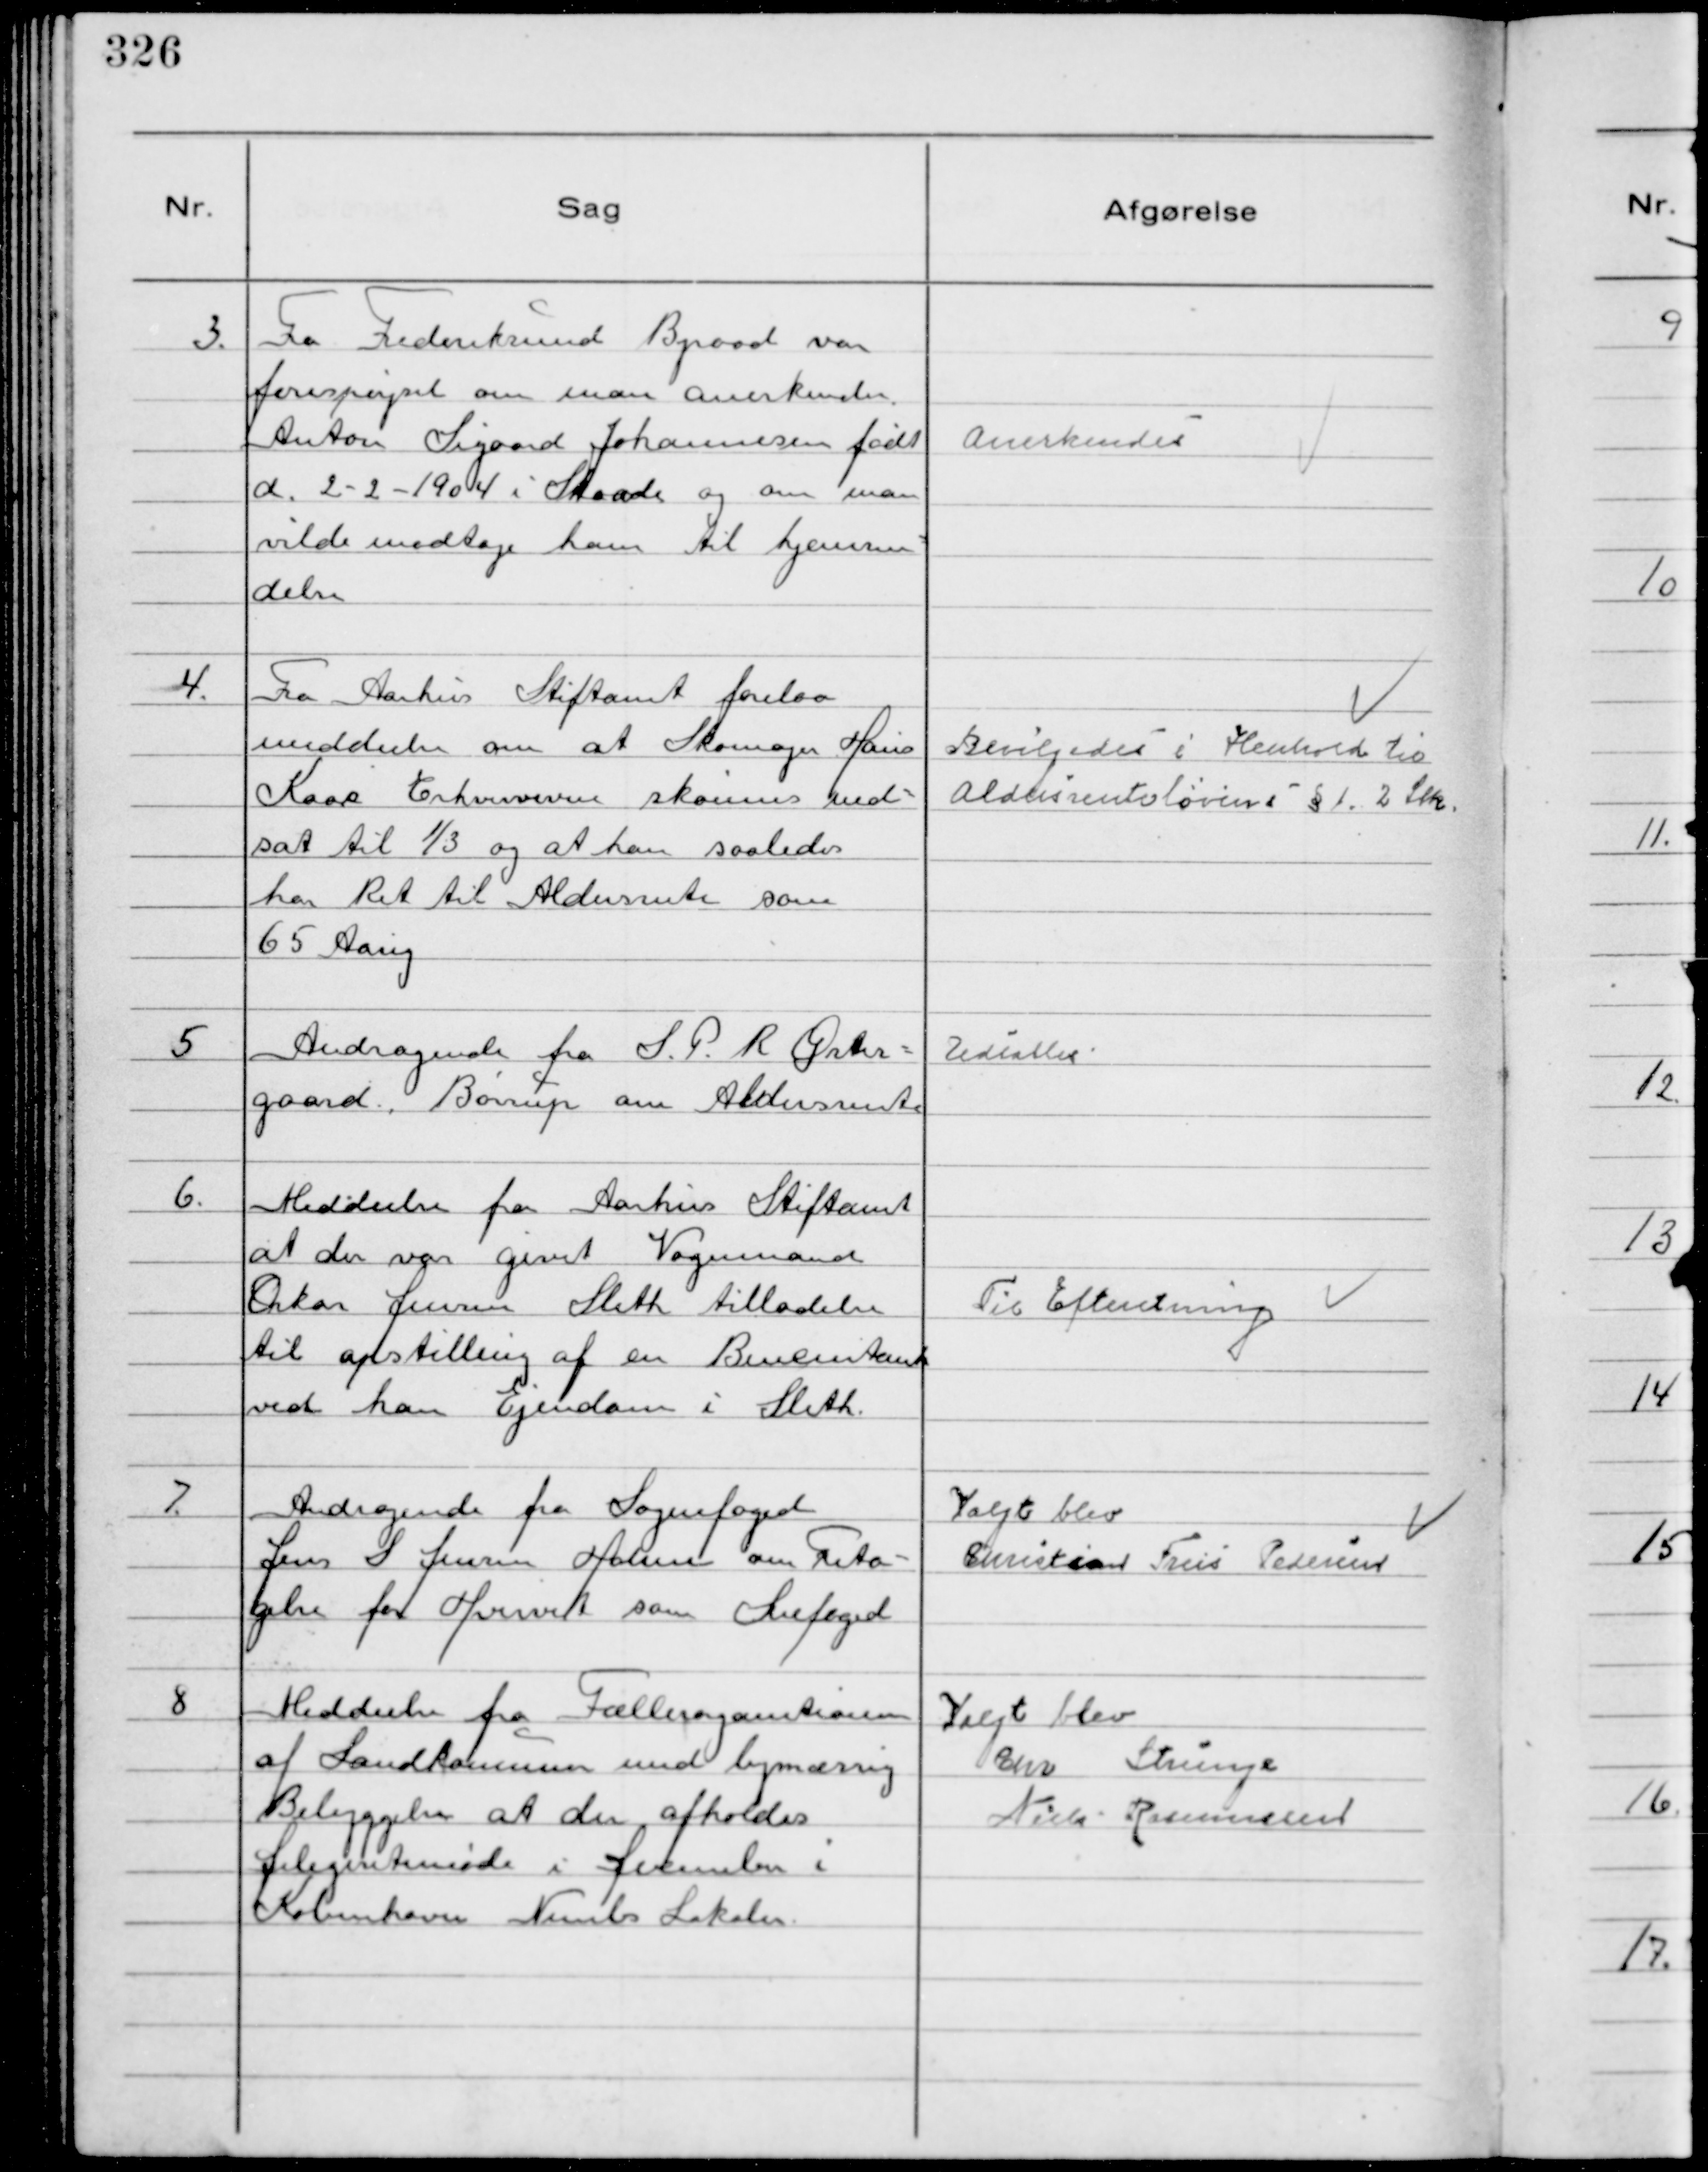
Transskription:
3.
Fra Frederiksund Byraad var
forespørgsel om man anerkender
Anton Sigaard Johannesen født
d. 2-2-1904 i Skaade og om man
vilde modtage ham til hjemsen-
delse

Anerkendes

4.
Fra Aarhus Stiftamt forelaa
meddeelse om at Skomager Hans
Kaas Erhvervsevne skønnes ned-
sat til ⅓ og at han saaledes
har Ret til Aldersrente som
65 Aarig

Bevilgedes i Henhold til
Aldersrentelovens § 1. 2 Stk.

5
Andragende fra S. P. R Øster-
gaard Børrup om Aldersrente

Udsattes

6.
Meddeelse fra Aarhus Stiftamt
at der var givet Vognmand
Oskar Jensen Sleth tilladelse
til opstilling af en Benzintank
ved han Ejendom i Sleth

Til Efteretning

7.
Andragende fra Sognefoged
Jens S Jensen Holme om Frita-
gelse fra Hvervet som Snefoged

Valgt blev
Christian Friis Pedersen

8
Meddeelse fra Fællesorganisationen
af Landkommuner med bymæssig
Bebyggelse at der afholdes
Delegeretmøde i December i
København Nimbs Lokaler.

Valgt blev
Chr Strunge
Niels Rasmussen